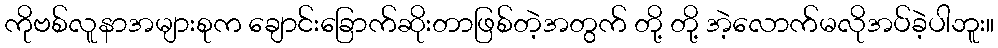
ကိုဗစ်လူနာအများစုက ချောင်းခြောက်ဆိုးတာဖြစ်တဲ့အတွက် တို့ တို့ အဲ့လောက်မလိုအပ်ခဲ့ပါဘူး။